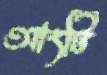
আংটি